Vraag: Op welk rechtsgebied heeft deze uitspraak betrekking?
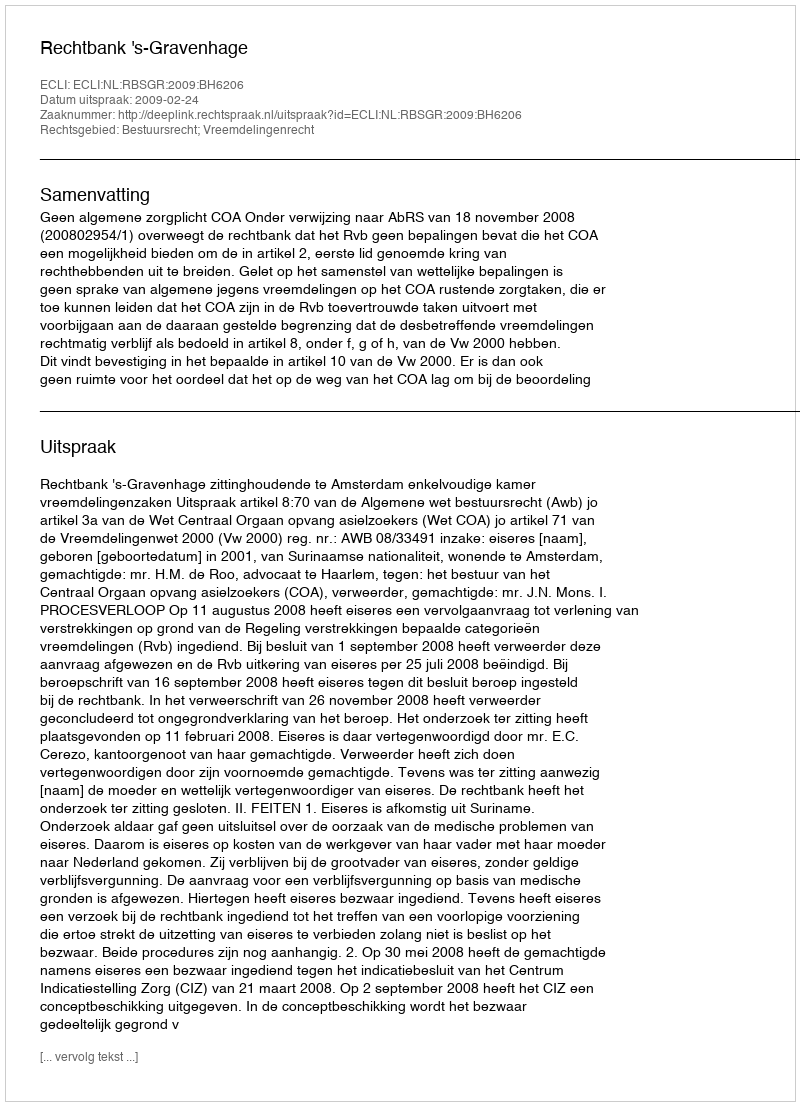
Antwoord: Bestuursrecht; Vreemdelingenrecht